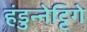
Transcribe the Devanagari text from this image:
हंडुन्नेट्टिगे